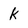
Character: k